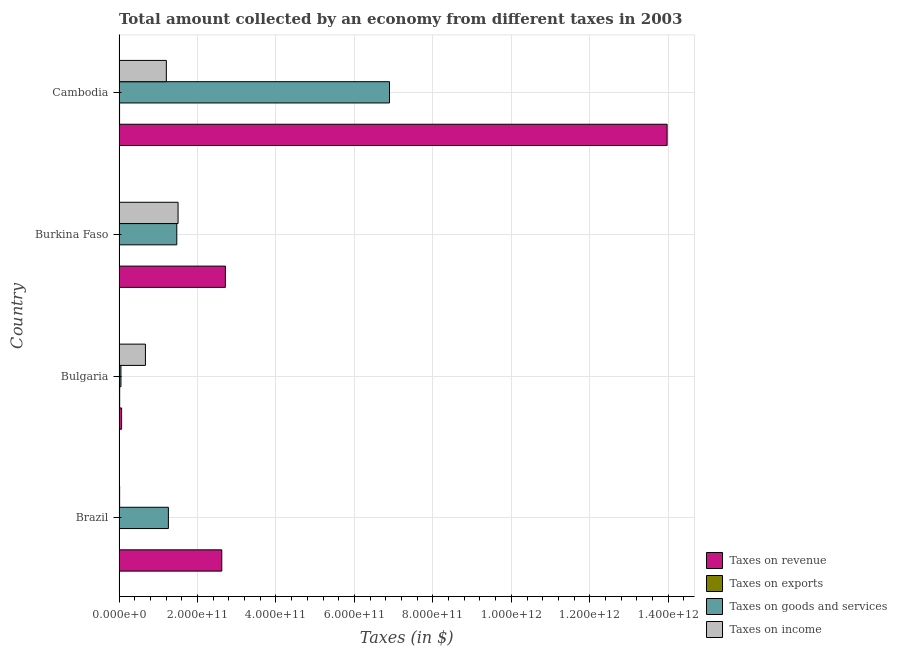
| Country | Taxes on revenue | Taxes on exports | Taxes on goods and services | Taxes on income |
 | --- | --- | --- | --- | --- |
 | Brazil | 2.62e+11 | 1.16e+09 | 1.26e+11 | 1.48e+09 |
 | Bulgaria | 6.53e+09 | 1.59e+09 | 4.81e+09 | 6.72e+10 |
 | Burkina Faso | 2.71e+11 | 8.56e+08 | 1.47e+11 | 1.5e+11 |
 | Cambodia | 1.4e+12 | 1.28e+09 | 6.89e+11 | 1.21e+11 |